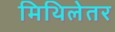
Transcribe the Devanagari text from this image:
मिथिलेतर